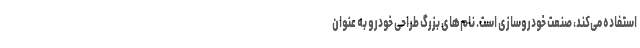
استفاده می‌کند، صنعت خودروسازی است. نام‌های بزرگ طراحی خودرو به عنوان